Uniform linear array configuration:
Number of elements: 16
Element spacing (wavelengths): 0.75
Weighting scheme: blackman
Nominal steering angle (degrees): -30
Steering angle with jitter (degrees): -28.547
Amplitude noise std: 0.05
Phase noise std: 0.05

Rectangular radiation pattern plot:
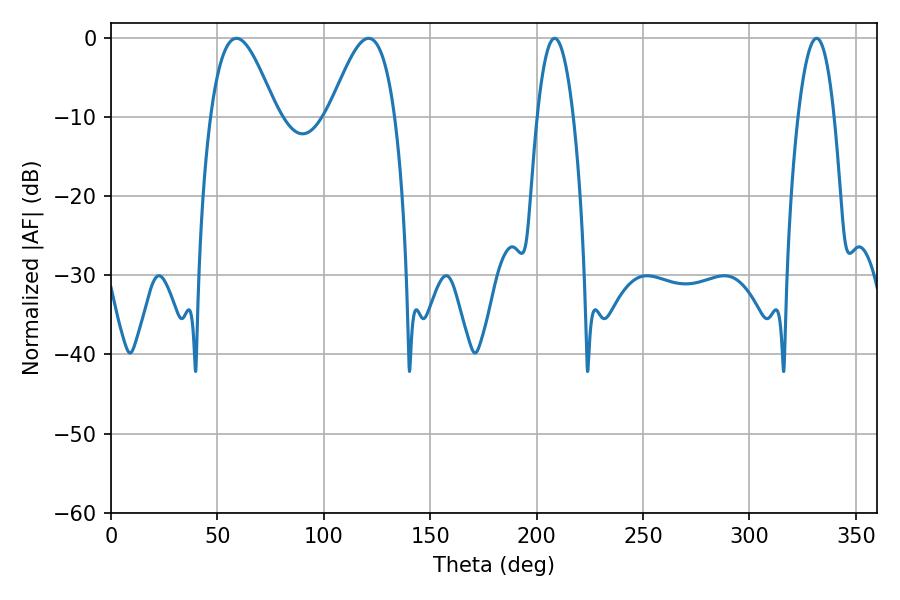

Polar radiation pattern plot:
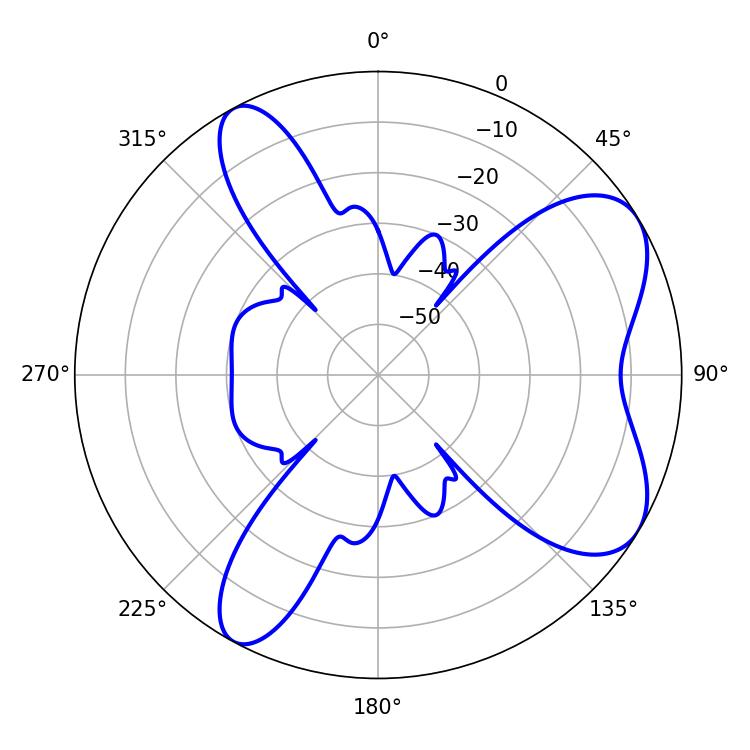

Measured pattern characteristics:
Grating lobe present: TRUE
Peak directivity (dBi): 6.939
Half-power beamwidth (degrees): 9.36
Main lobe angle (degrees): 208.44